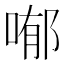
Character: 喐